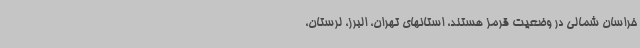
خراسان شمالی در وضعیت قرمز هستند، استانهای تهران، البرز، لرستان،